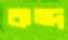
কন্দ